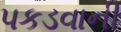
પકડવાની